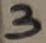
Text: 3